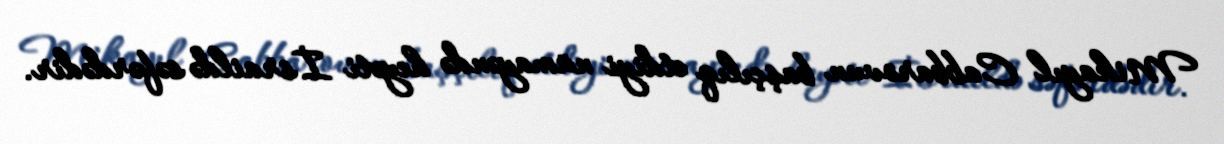
Mikayıl Cabbarovun başçılıq etdiyi nümayəndə heyəti İsraildə səfərdədir.